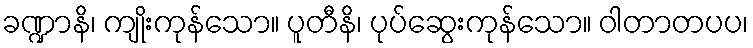
ခဏ္ဍာနိ၊ ကျိုးကုန်သော။ ပူတီနိ၊ ပုပ်ဆွေးကုန်သော။ ဝါတာတပပ၊